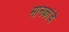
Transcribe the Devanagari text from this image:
मानकांचे